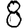
Digit: 8